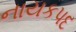
નાયકપદ